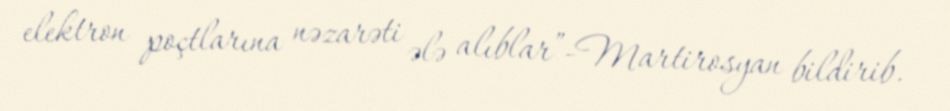
elektron poçtlarına nəzarəti ələ alıblar”-Martirosyan bildirib.